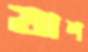
যাশ